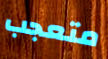
متعجب